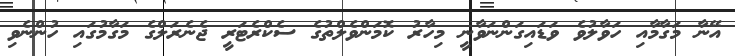
އޭނާ މަގާމާއި ހަވާލުވެ ވަޑައިގަންނަވާނީ މިހާރު ކޮމަންވެލްތުގެ ސެކްރެޓަރީ ޖެނެރަލްގެ މަގާމުގައި ހުންނެވި